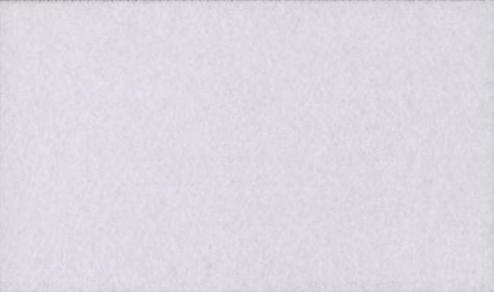
पेज